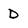
Character: D